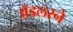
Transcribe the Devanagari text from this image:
ॲडलरने